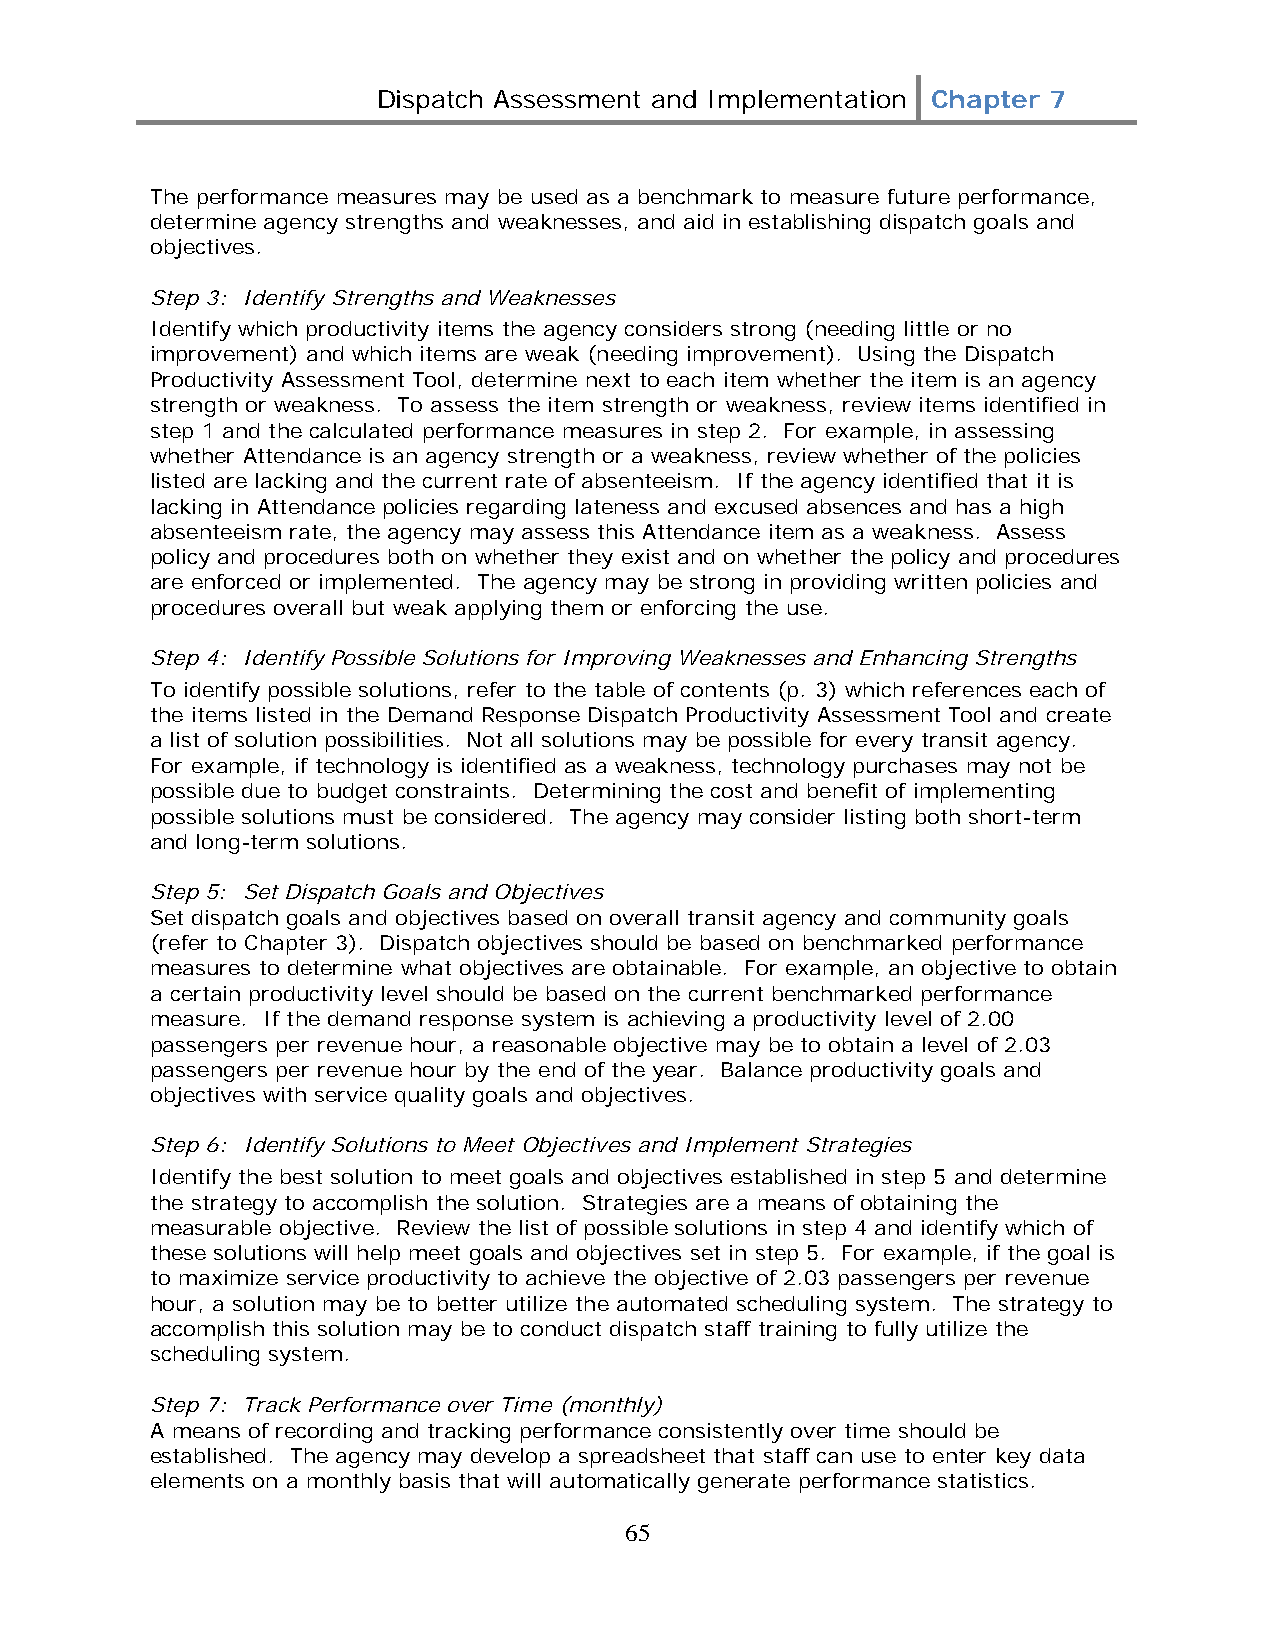
Dispatch Assessment and Implementation Chapter 7
 The performance measures may be used as a benchmark to measure future performance,
 determine agency strengths and weaknesses, and aid in establishing dispatch goals and
 objectives.
 Step 3: Identify Strengths and Weaknesses
 Identify which productivity items the agency considers strong (needing little or no
 improvement) and which items are weak (needing improvement). Using the Dispatch
 Productivity Assessment Tool, determine next to each item whether the item is an agency
 strength or weakness. To assess the item strength or weakness, review items identified in
 step 1 and the calculated performance measures in step 2. For example, in assessing
 whether Attendance is an agency strength or a weakness, review whether of the policies
 listed are lacking and the current rate of absenteeism. If the agency identified that it is
 lacking in Attendance policies regarding lateness and excused absences and has a high
 absenteeism rate, the agency may assess this Attendance item as a weakness. Assess
 policy and procedures both on whether they exist and on whether the policy and procedures
 are enforced or implemented. The agency may be strong in providing written policies and
 procedures overall but weak applying them or enforcing the use.
 Step 4: Identify Possible Solutions for Improving Weaknesses and Enhancing Strengths
 To identify possible solutions, refer to the table of contents (p. 3) which references each of
 the items listed in the Demand Response Dispatch Productivity Assessment Tool and create
 a list of solution possibilities. Not all solutions may be possible for every transit agency.
 For example, if technology is identified as a weakness, technology purchases may not be
 possible due to budget constraints. Determining the cost and benefit of implementing
 possible solutions must be considered. The agency may consider listing both short-term
 and long-term solutions.
 Step 5: Set Dispatch Goals and Objectives
 Set dispatch goals and objectives based on overall transit agency and community goals
 (refer to Chapter 3). Dispatch objectives should be based on benchmarked performance
 measures to determine what objectives are obtainable. For example, an objective to obtain
 a certain productivity level should be based on the current benchmarked performance
 measure. If the demand response system is achieving a productivity level of 2.00
 passengers per revenue hour, a reasonable objective may be to obtain a level of 2.03
 passengers per revenue hour by the end of the year. Balance productivity goals and
 objectives with service quality goals and objectives.
 Step 6: Identify Solutions to Meet Objectives and Implement Strategies
 Identify the best solution to meet goals and objectives established in step 5 and determine
 the strategy to accomplish the solution. Strategies are a means of obtaining the
 measurable objective. Review the list of possible solutions in step 4 and identify which of
 these solutions will help meet goals and objectives set in step 5. For example, if the goal is
 to maximize service productivity to achieve the objective of 2.03 passengers per revenue
 hour, a solution may be to better utilize the automated scheduling system. The strategy to
 accomplish this solution may be to conduct dispatch staff training to fully utilize the
 scheduling system.
 Step 7: Track Performance over Time (monthly)
 A means of recording and tracking performance consistently over time should be
 established. The agency may develop a spreadsheet that staff can use to enter key data
 elements on a monthly basis that will automatically generate performance statistics.
 65